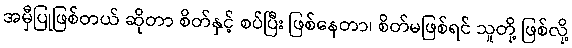
အမှီပြုဖြစ်တယ် ဆိုတာ စိတ်နှင့် စပ်ပြီး ဖြစ်နေတာ၊ စိတ်မဖြစ်ရင် သူတို့ ဖြစ်လို့